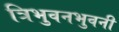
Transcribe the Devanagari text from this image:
त्रिभुवनभुवनी